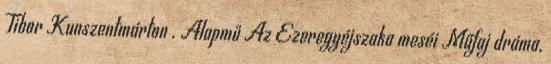
Tibor Kunszentmárton . Alapmű Az Ezeregyéjszaka meséi Műfaj dráma,